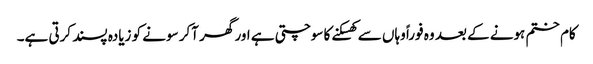
کام ختم ہونے کے بعد وہ فوراً وہاں سے کھسکنے کا سوچتی ہے اور گھر آکر سونے کو زیادہ پسند کرتی ہے۔